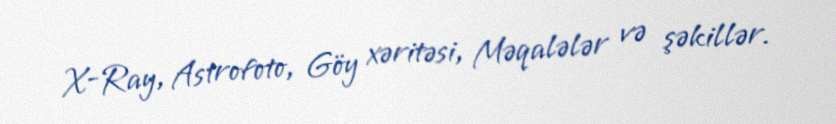
X-Ray, Astrofoto, Göy xəritəsi, Məqalələr və şəkillər.